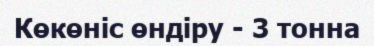
Көкөніс өндіру - 3 тонна